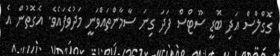
ގޮގްލްސް އަދި ބޮޑީ ސޫޓްސް ފަދަ ގިނަ ސާމާންތައްވަނީ މަދުވެފައެވެ. އެގޮތުން އެ